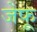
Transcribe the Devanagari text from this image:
जेफू